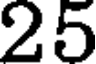
25